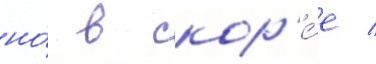
но́ в скор'е́е /